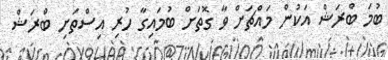
ބުމަ ބްރަޝް އަކުން މައްޗަށް ވާ ގޮތަށް ބުމައިގާ ހުރި އިސްތަށި ބްރަޝް